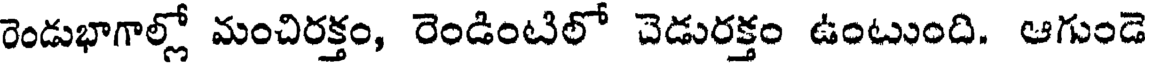
రెండుభాగాల్లో మంచిరక్తం, రెండింటిలో చెడురక్తం ఉంటుంది. ఆగుండె